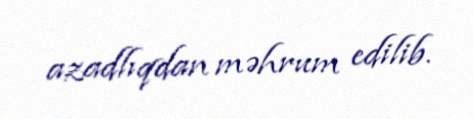
azadlıqdan məhrum edilib.